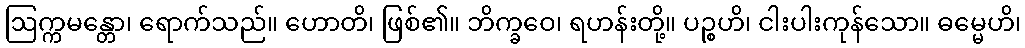
ဩက္ကမန္တော၊ ရောက်သည်။ ဟောတိ၊ ဖြစ်၏။ ဘိက္ခဝေ၊ ရဟန်းတို့။ ပဉ္စဟိ၊ ငါးပါးကုန်သော။ ဓမ္မေဟိ၊